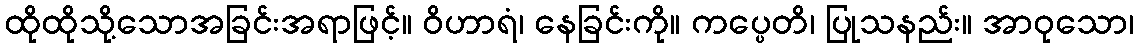
ထိုထိုသို့သောအခြင်းအရာဖြင့်။ ဝိဟာရံ၊ နေခြင်းကို။ ကပ္ပေတိ၊ ပြုသနည်း။ အာဝုသော၊